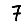
Digit: 7